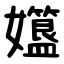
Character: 孂